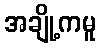
အချို့ကမူ